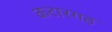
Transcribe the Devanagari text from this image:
कटारगढ़